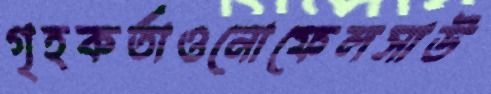
গৃহকর্তাওনোফেলসাউ